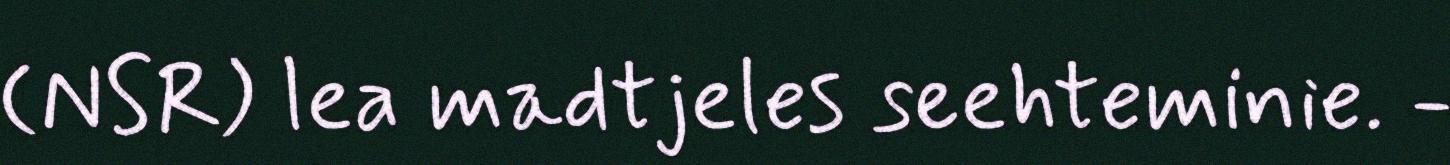
(NSR) lea madtjeles seehteminie. -